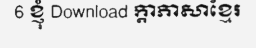
6 ខ្ញុំ Download ក្តាភាសាខ្មែរ